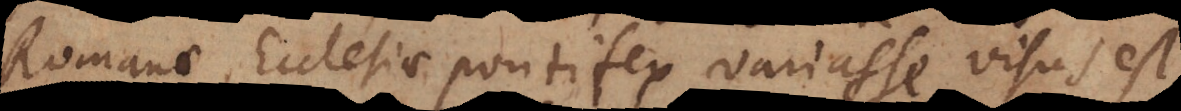
Romanae Ecclesiae Pontifex variasse visus est,